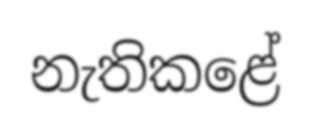
නැතිකළේ